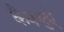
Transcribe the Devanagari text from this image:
कैंक्युएं